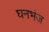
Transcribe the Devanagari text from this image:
घनभंज